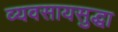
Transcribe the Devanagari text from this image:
व्यवसायसुद्धा